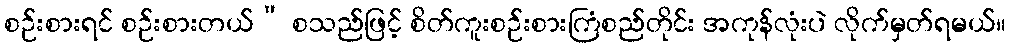
စဉ်းစားရင် စဉ်းစားတယ်” စသည်ဖြင့် စိတ်ကူးစဉ်းစားကြံစည်တိုင်း အကုန်လုံးပဲ လိုက်မှတ်ရမယ်။